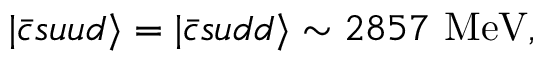
| \bar { c } s u u d \rangle = | \bar { c } s u d d \rangle \sim 2 8 5 7 \mathrm { ~ M e V } ,